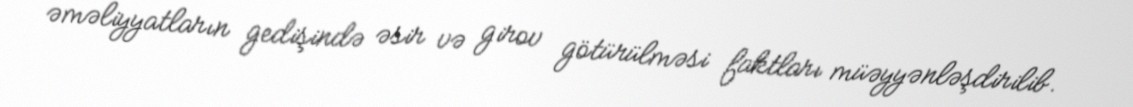
əməliyyatların gedişində əsir və girov götürülməsi faktları müəyyənləşdirilib.